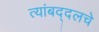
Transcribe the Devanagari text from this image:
त्यांबद्दलचे